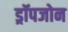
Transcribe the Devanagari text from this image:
ड्रॉपजोन